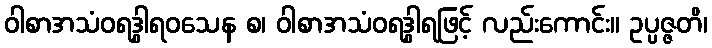
ဝါစာအသံဝရဒွါရဝသေန စ၊ ဝါစာအသံဝရဒွါရဖြင့် လည်းကောင်း။ ဥပ္ပဇ္ဇတိ၊